Scottish Leaving Certificate Examination, 1961
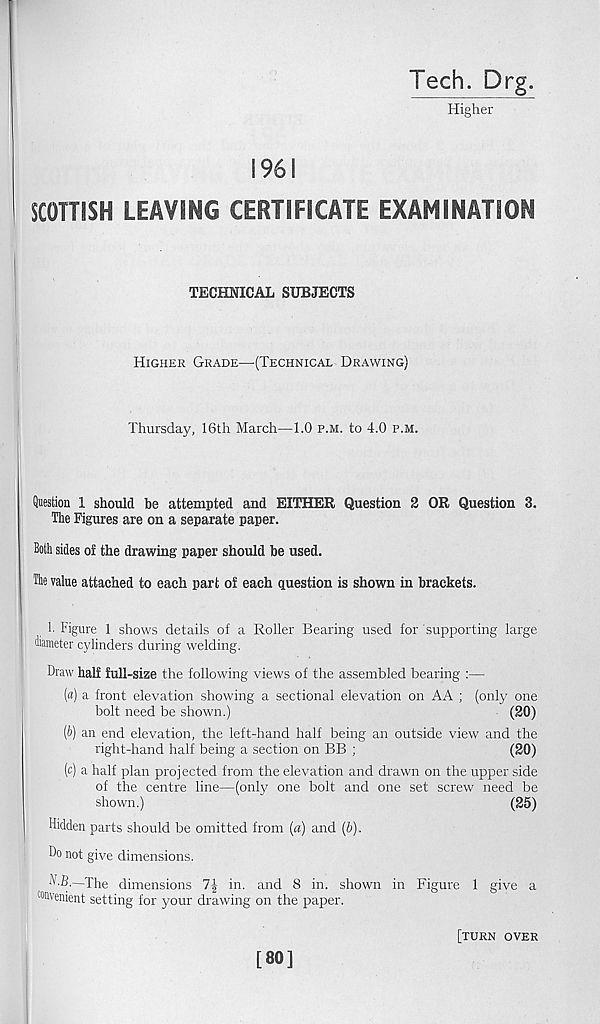
1961
Tech. Drg.
Higher
SCOTTISH LEAVING CERTIFICATE EXAMINATION
TECHNICAL SUBJECTS
Higher Grade—{Technical Drawing)
Thursday, 16th March—1.0 p.m. to 4.0 p.m.
Question 1 should be attempted and EITHER Question 2 OR Question 3.
The Figures are on a separate paper.
Both sides oi the drawing paper should be used.
The value attached to each part of each question is shown in brackets.
h Figure 1 shows details of a Roller Bearing used for supporting large
diameter cylinders during welding.
Draw half full-size the following views of the assembled bearing :—
(a) a front elevation showing a sectional elevation on AA ; (only one
bolt need be shown.)
(20)
(р) an end elevation, the left-hand half being an outside view and the
right-hand half being a section on BB ;
(20)
(с) a half plan projected from the elevation and drawn on the upper side
of the centre line—(only one bolt and one set screw need be
shown.)
(25)
Hidden parts should be omitted from (a) and (b).
Do not give dimensions.
A.B.—The dimensions
in. and 8 in. shown in Figure 1 give a
co nvenient setting for your drawing on the paper.
[80]
[turn over